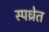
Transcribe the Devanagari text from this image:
स्पध्रेत